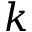
\boldsymbol { k }